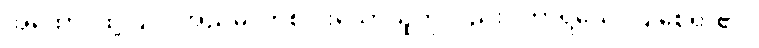
အထော၊ ထို့ပြင်။ အညမ္ပိ၊ တစ်ပါးသောသူကိုလည်း။ ကာရယေ၊ ပြုစေရာ၏။